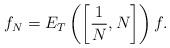
LaTeX: \begin{align*}f_N=E_T\left(\left[\frac{1}{N},N\right]\right)f.\end{align*}